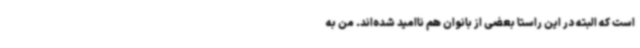
است که البته در این راستا بعضی از بانوان هم ناامید شده‌اند. من به